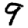
Digit: 9